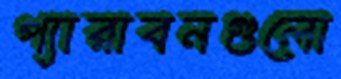
প্যারাবনগুলো